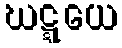
ဃဋ္ဋယေ